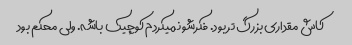
کاش مقداری بزرگ تر بود. فکرشو نمیکردم کوچیک باشه‌. ولی محکم بود